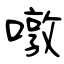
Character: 噋